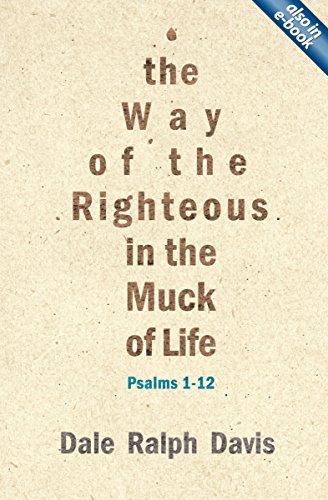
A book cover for The Way of the Righteous in the Muck of Life: Psalms 1-12; Dale Ralph Davis; Christian Books & Bibles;